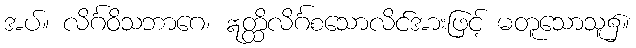
အပ်။ လိင်္ဂဝိသဘာဂေ၊ ဣတ္ထိလိင်္ဂစသောလိင်အားဖြင့် မတူသောသူ၌။